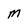
Character: M